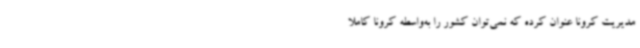
مدیریت کرونا عنوان کرده که نمی‌توان کشور را به‌واسطه کرونا کاملاً